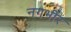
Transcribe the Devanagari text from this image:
नगभीर